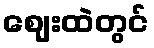
ဈေးထဲတွင်